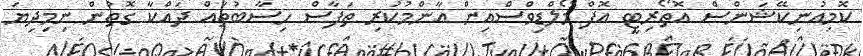
ކޮމިއުނިިކޭޝަންސް އޮތޯރިޓީ އޮފް މޯލްޑިވްސްއިން އާންމުކުރި ތަފާސް ހިސާބުތައް ދައްކާ ގޮތުން ނިމިދިޔަ